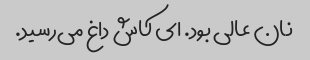
نان عالی بود. ای کاش داغ می‌رسید.